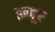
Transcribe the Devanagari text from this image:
इन्दूर